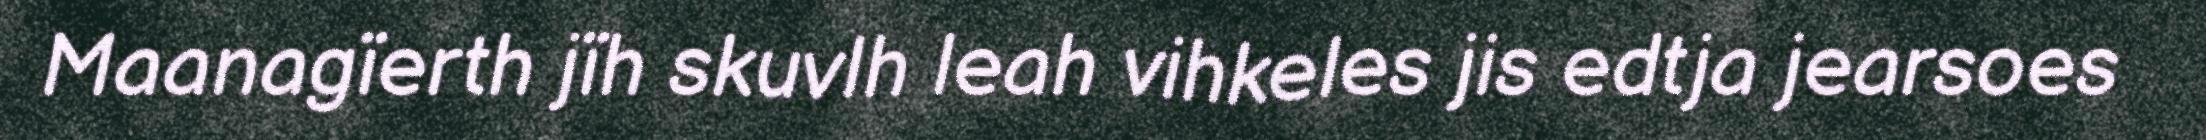
Maanagïerth jïh skuvlh leah vihkeles jis edtja jearsoes